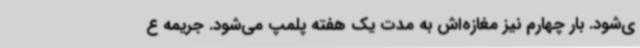
ی‌شود. بار چهارم نیز مغازه‌اش به مدت یک هفته پلمپ می‌شود. جریمه ع